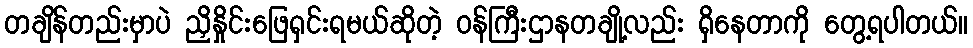
တချိန်တည်းမှာပဲ ညှိနှိုင်းဖြေရှင်းရမယ်ဆိုတဲ့ ဝန်ကြီးဌာနတချို့လည်း ရှိနေတာကို တွေ့ရပါတယ်။